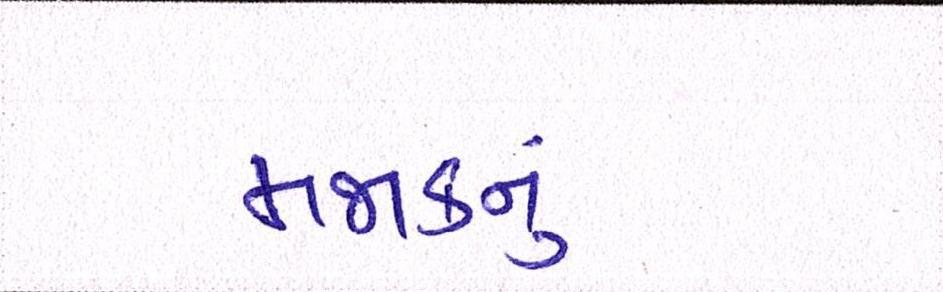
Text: મજાકનું